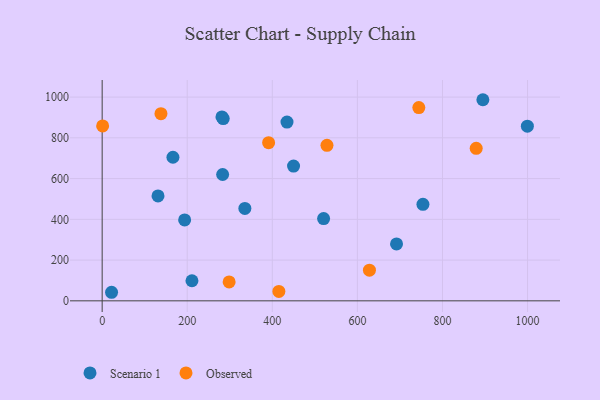
{"axis": {"x": "Speed", "y": "Demand"}, "legend": ["Observed", "Scenario 1"], "data": [{"x": "22.1", "y": 42.0, "type": "Scenario 1"}, {"x": "335.5", "y": 453.3, "type": "Scenario 1"}, {"x": "283.2", "y": 620.1, "type": "Scenario 1"}, {"x": "281.6", "y": 902.4, "type": "Scenario 1"}, {"x": "131.3", "y": 515.1, "type": "Scenario 1"}, {"x": "895.0", "y": 987.0, "type": "Scenario 1"}, {"x": "692.0", "y": 279.2, "type": "Scenario 1"}, {"x": "193.9", "y": 397.0, "type": "Scenario 1"}, {"x": "754.1", "y": 473.4, "type": "Scenario 1"}, {"x": "284.6", "y": 894.7, "type": "Scenario 1"}, {"x": "449.9", "y": 661.3, "type": "Scenario 1"}, {"x": "211.1", "y": 98.5, "type": "Scenario 1"}, {"x": "166.4", "y": 704.8, "type": "Scenario 1"}, {"x": "999.6", "y": 857.4, "type": "Scenario 1"}, {"x": "520.6", "y": 403.9, "type": "Scenario 1"}, {"x": "434.5", "y": 877.5, "type": "Scenario 1"}, {"x": "415.4", "y": 46.3, "type": "Observed"}, {"x": "138.2", "y": 918.4, "type": "Observed"}, {"x": "298.5", "y": 92.9, "type": "Observed"}, {"x": "1.1", "y": 858.2, "type": "Observed"}, {"x": "744.4", "y": 948.4, "type": "Observed"}, {"x": "391.3", "y": 776.3, "type": "Observed"}, {"x": "628.3", "y": 150.3, "type": "Observed"}, {"x": "879.3", "y": 748.5, "type": "Observed"}, {"x": "528.5", "y": 763.1, "type": "Observed"}]}